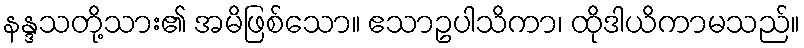
နန္ဒသတို့သား၏ အမိဖြစ်သော။ ဧသာဥပါသိကာ၊ ထိုဒါယိကာမသည်။